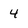
Character: 4